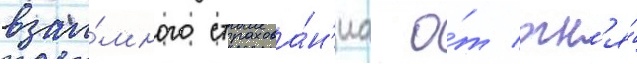
взаи́много страхова́н'иа о́т огн'я́